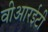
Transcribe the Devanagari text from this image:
वीआरईटी